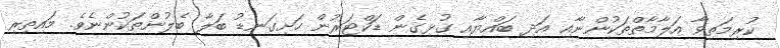
ކުރިމަތިވާ އަލާމާތްތަކުންނާއި އަދި ބައްޔާއި ގުޅިގެން ޑަކްޓަރުން ހަށިގަނޑު ބަލާ ބެލުންތަކުންނެވެ. މައިތިރި